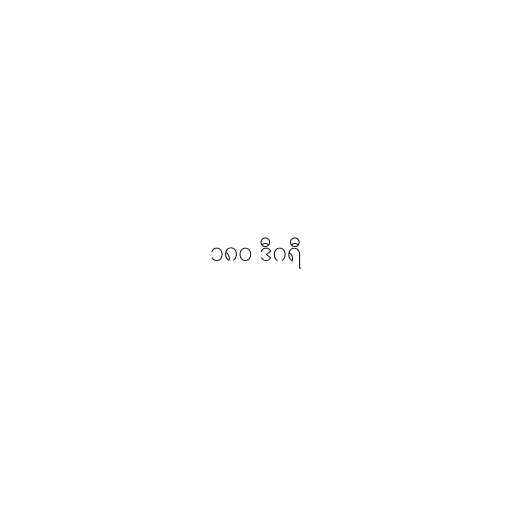
၁၈၀ ဒီဂရီ